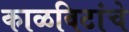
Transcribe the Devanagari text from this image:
काळविटांचे